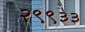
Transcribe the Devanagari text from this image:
२९९३३